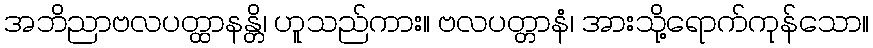
အဘိညာဗလပတ္ထာနန္တိ၊ ဟူသည်ကား။ ဗလပတ္တာနံ၊ အားသို့ရောက်ကုန်သော။